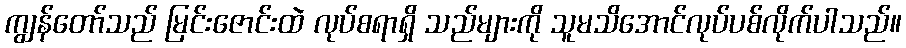
ကျွန်တော်သည် မြင်းဇောင်းထဲ လုပ်စရာရှိ သည်များကို သူမသိအောင်လုပ်ပစ်လိုက်ပါသည်။